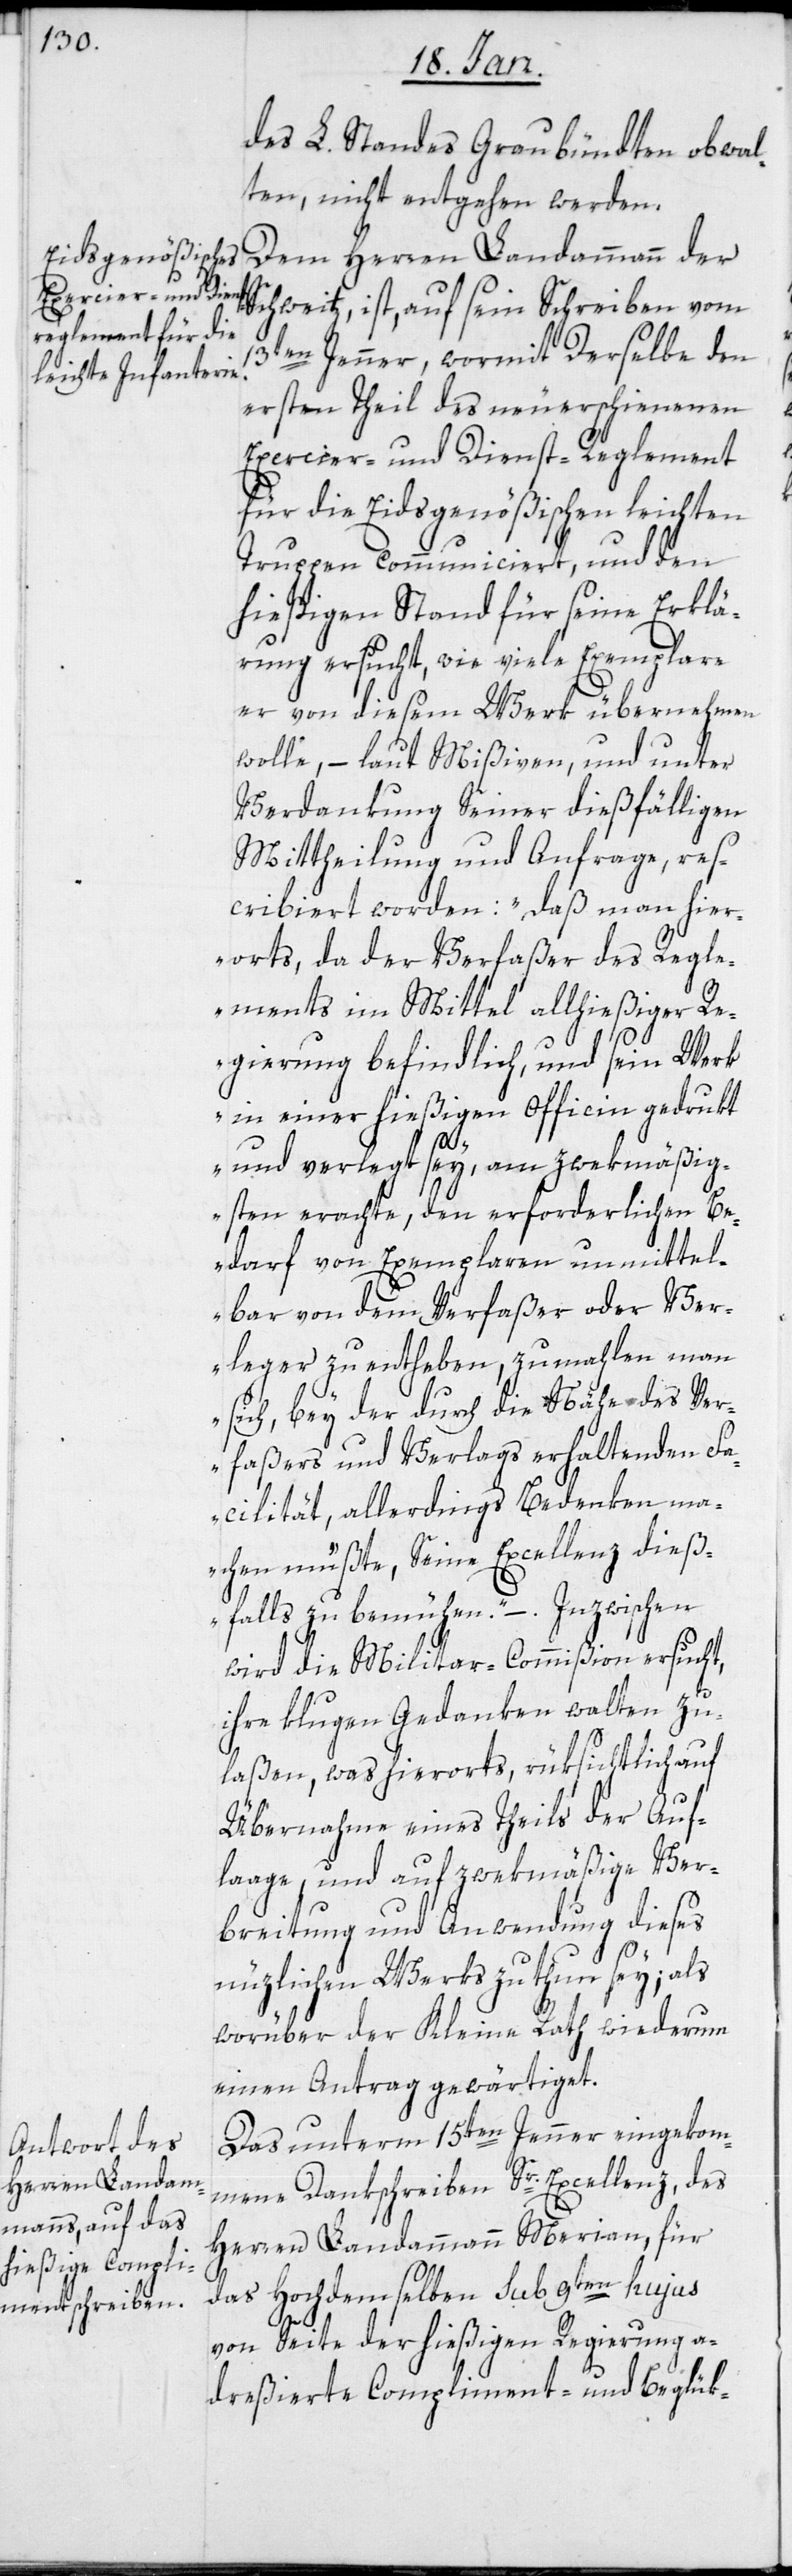
des L. Standes Graubündten obwal¬
ten, nicht entgehen werden.
Dem Herren Landammann der
Schweitz, ist, auf sein Schreiben vom
13ten Jenner, wormit Derselbe den
ersten Theil des neuerschienenen
Exercier- und Dienst-Reglement
für die Eidsgenößischen leichten
Truppen communiciert, und den
hießigen Stand für seine Erklä¬
rung ersucht, wie viele Exemplare
er von diesem Werk übernehmen
wolle, – laut Mißiven, und unter
Verdankung Seiner dießfälligen
Mittheilung und Anfrage, res¬
cribiert worden: „daß man hier¬
orts, da der Verfaßer des Regle¬
ments im Mittel allhießiger Re¬
gierung befindlich, und sein Werk
in einer hießigen Officin gedrukt
und verlegt sey, am zwekmäßig¬
sten erachte, den erforderlichen Be¬
darf von Exemplaren unmittel¬
bar von dem Verfaßer oder Ver¬
leger zu entheben, zumahlen man
sich, bey der durch die Nähe des Ver¬
faßers und Verlags erhaltenden Fa¬
cilität, allerdings Bedenken ma¬
chen müßte, Seine Excellenz dieß¬
falls zu bemühen“. – Inzwischen
wird die Militar-Commißion ersucht,
ihre klugen Gedanken walten zu¬
laßen, was hierorts rüksichtlich auf
Übernahme eines Theils der Auf¬
laage, und auf zwekmäßige Ver¬
breitung und Anwendung dieses
nüzlichen Werks zu thun sey; als
worüber der Kleine Rath wiederum
einen Antrag gewärtiget.
Das unterm 15ten Jenner eingekom¬
mene Dankschreiben Sr. Excellenz, des
Herren Landammann Merian, für
das Hochdemselben sub 9ten hujus
von Seite der hießigen Regierung a¬
dreßierte Compliment- und Beglük-